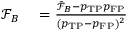
\begin{array} { r l } { \mathcal { F } _ { B } } & { { } = \frac { \tilde { \mathcal { F } } _ { B } - p _ { \mathrm { T P } } p _ { \mathrm { F P } } } { ( p _ { \mathrm { T P } } - p _ { \mathrm { F P } } ) ^ { 2 } } } \end{array}